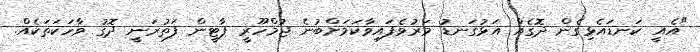
"އެއީ ކަނޑައެޅިގެން ދޮގެއް އަޅުގަނޑު މަރުވެފައިވާކަމަށްބުނެ ޖުމްހޫރީ ޕާޓީން ފަތުރަނީ ދޮގު ވާހަކަތަކެއް.